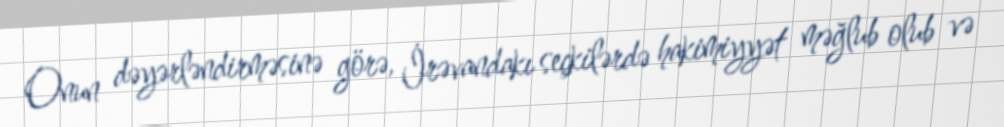
Onun dəyərləndirməsinə görə, İrəvandakı seçkilərdə hakimiyyət məğlub olub və